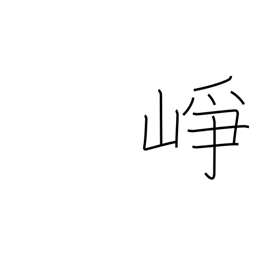
Meaning: high